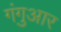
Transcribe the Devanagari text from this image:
गंगुआर